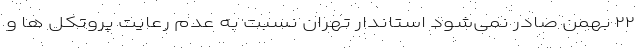
۲۲ بهمن صادر نمی‌شود استاندار تهران نسبت به عدم رعایت پروتکل ها و